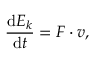
{ \frac { \mathrm { d } E _ { k } } { \mathrm { d } t } } = F \cdot v ,